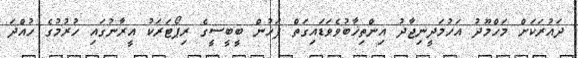
ދައުރަކަށް މަހްމޫދު އަހުމަދީނިޖާދު އިންތިޚާބުވެވަޑައިގަތް ފަހުން ބީބީސީގެ ރިޕޯޓަރަކު އީރާނުގައި ހުރުމުގެ ހުއްދަ